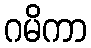
ဂမိကာ